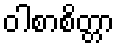
ဝါစာစိတ္တာ